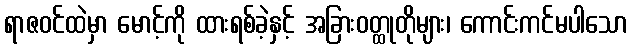
ရာဇဝင်ထဲမှာ မောင့်ကို ထားရစ်ခဲ့နှင့် အခြားဝတ္ထုတိုများ၊ ကောင်းကင်မပါသော